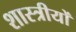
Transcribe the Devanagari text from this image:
शास्त्रीयों